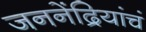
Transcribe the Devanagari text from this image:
जननेंद्रियांचं